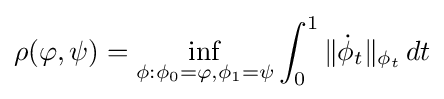
\rho (\varphi ,\psi )=\inf _{\phi :\phi _{0}=\varphi ,\phi _{1}=\psi }\int _{0}^{1}\|{\dot {\phi }}_{t}\|_{\phi _{t}}\,dt